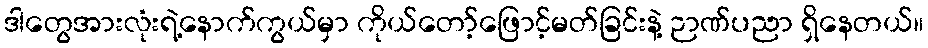
ဒါတွေအားလုံးရဲ့နောက်ကွယ်မှာ ကိုယ်တော့်ဖြောင့်မတ်ခြင်းနဲ့ ဉာဏ်ပညာ ရှိနေတယ်။